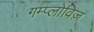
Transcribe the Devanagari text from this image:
गम्प्लोविज़